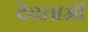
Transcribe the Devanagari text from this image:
देवताऑं